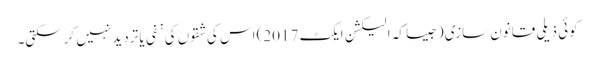
کوئی ذیلی قانون سازی (جیسا کہ الیکشن ایکٹ 2017) اس کی شقوں کی نفی یا تردید نہیں کرسکتی۔